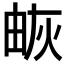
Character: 𤉕